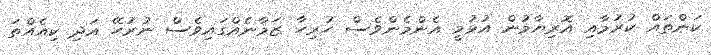
ކަންތައް ކުރުމާއި އޮރިޔާމުން އުޅުމީ އެންމެންވެސް ހުރިހާ ޒަމާނެއްގައިވެސް ނުރުހޭ އަދި ކިއެއްތަ